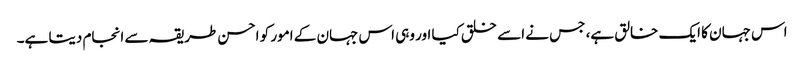
اس جہان کا ایک خالق ہے، جس نے اسے خلق کیا اور وہی اس جہان کے امور کو احسن طریقہ سے انجام دیتا ہے۔